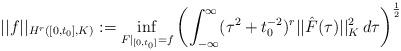
LaTeX: \begin{align*} ||f||_{H^r([0,t_0], K)} := \inf_{F|_{[0,t_0]} = f} \left( \int_{-\infty}^\infty (\tau^2 + t_0^{-2})^{r} ||\hat{F}(\tau)||_K^2 \,d\tau \right)^{\frac{1}{2}}\end{align*}